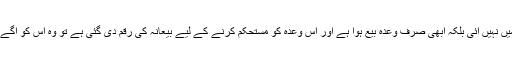
ب: اگر زمین ملکیت میں نہیں آئی بلکہ ابھی صرف وعدۂ بیع ہوا ہے اور اس وعدہ کو مستحکم کرنے کے لیے بیعانہ کی رقم دی گئی ہے تو وہ اس کو آگے فروخت نہیں کرسکتا۔